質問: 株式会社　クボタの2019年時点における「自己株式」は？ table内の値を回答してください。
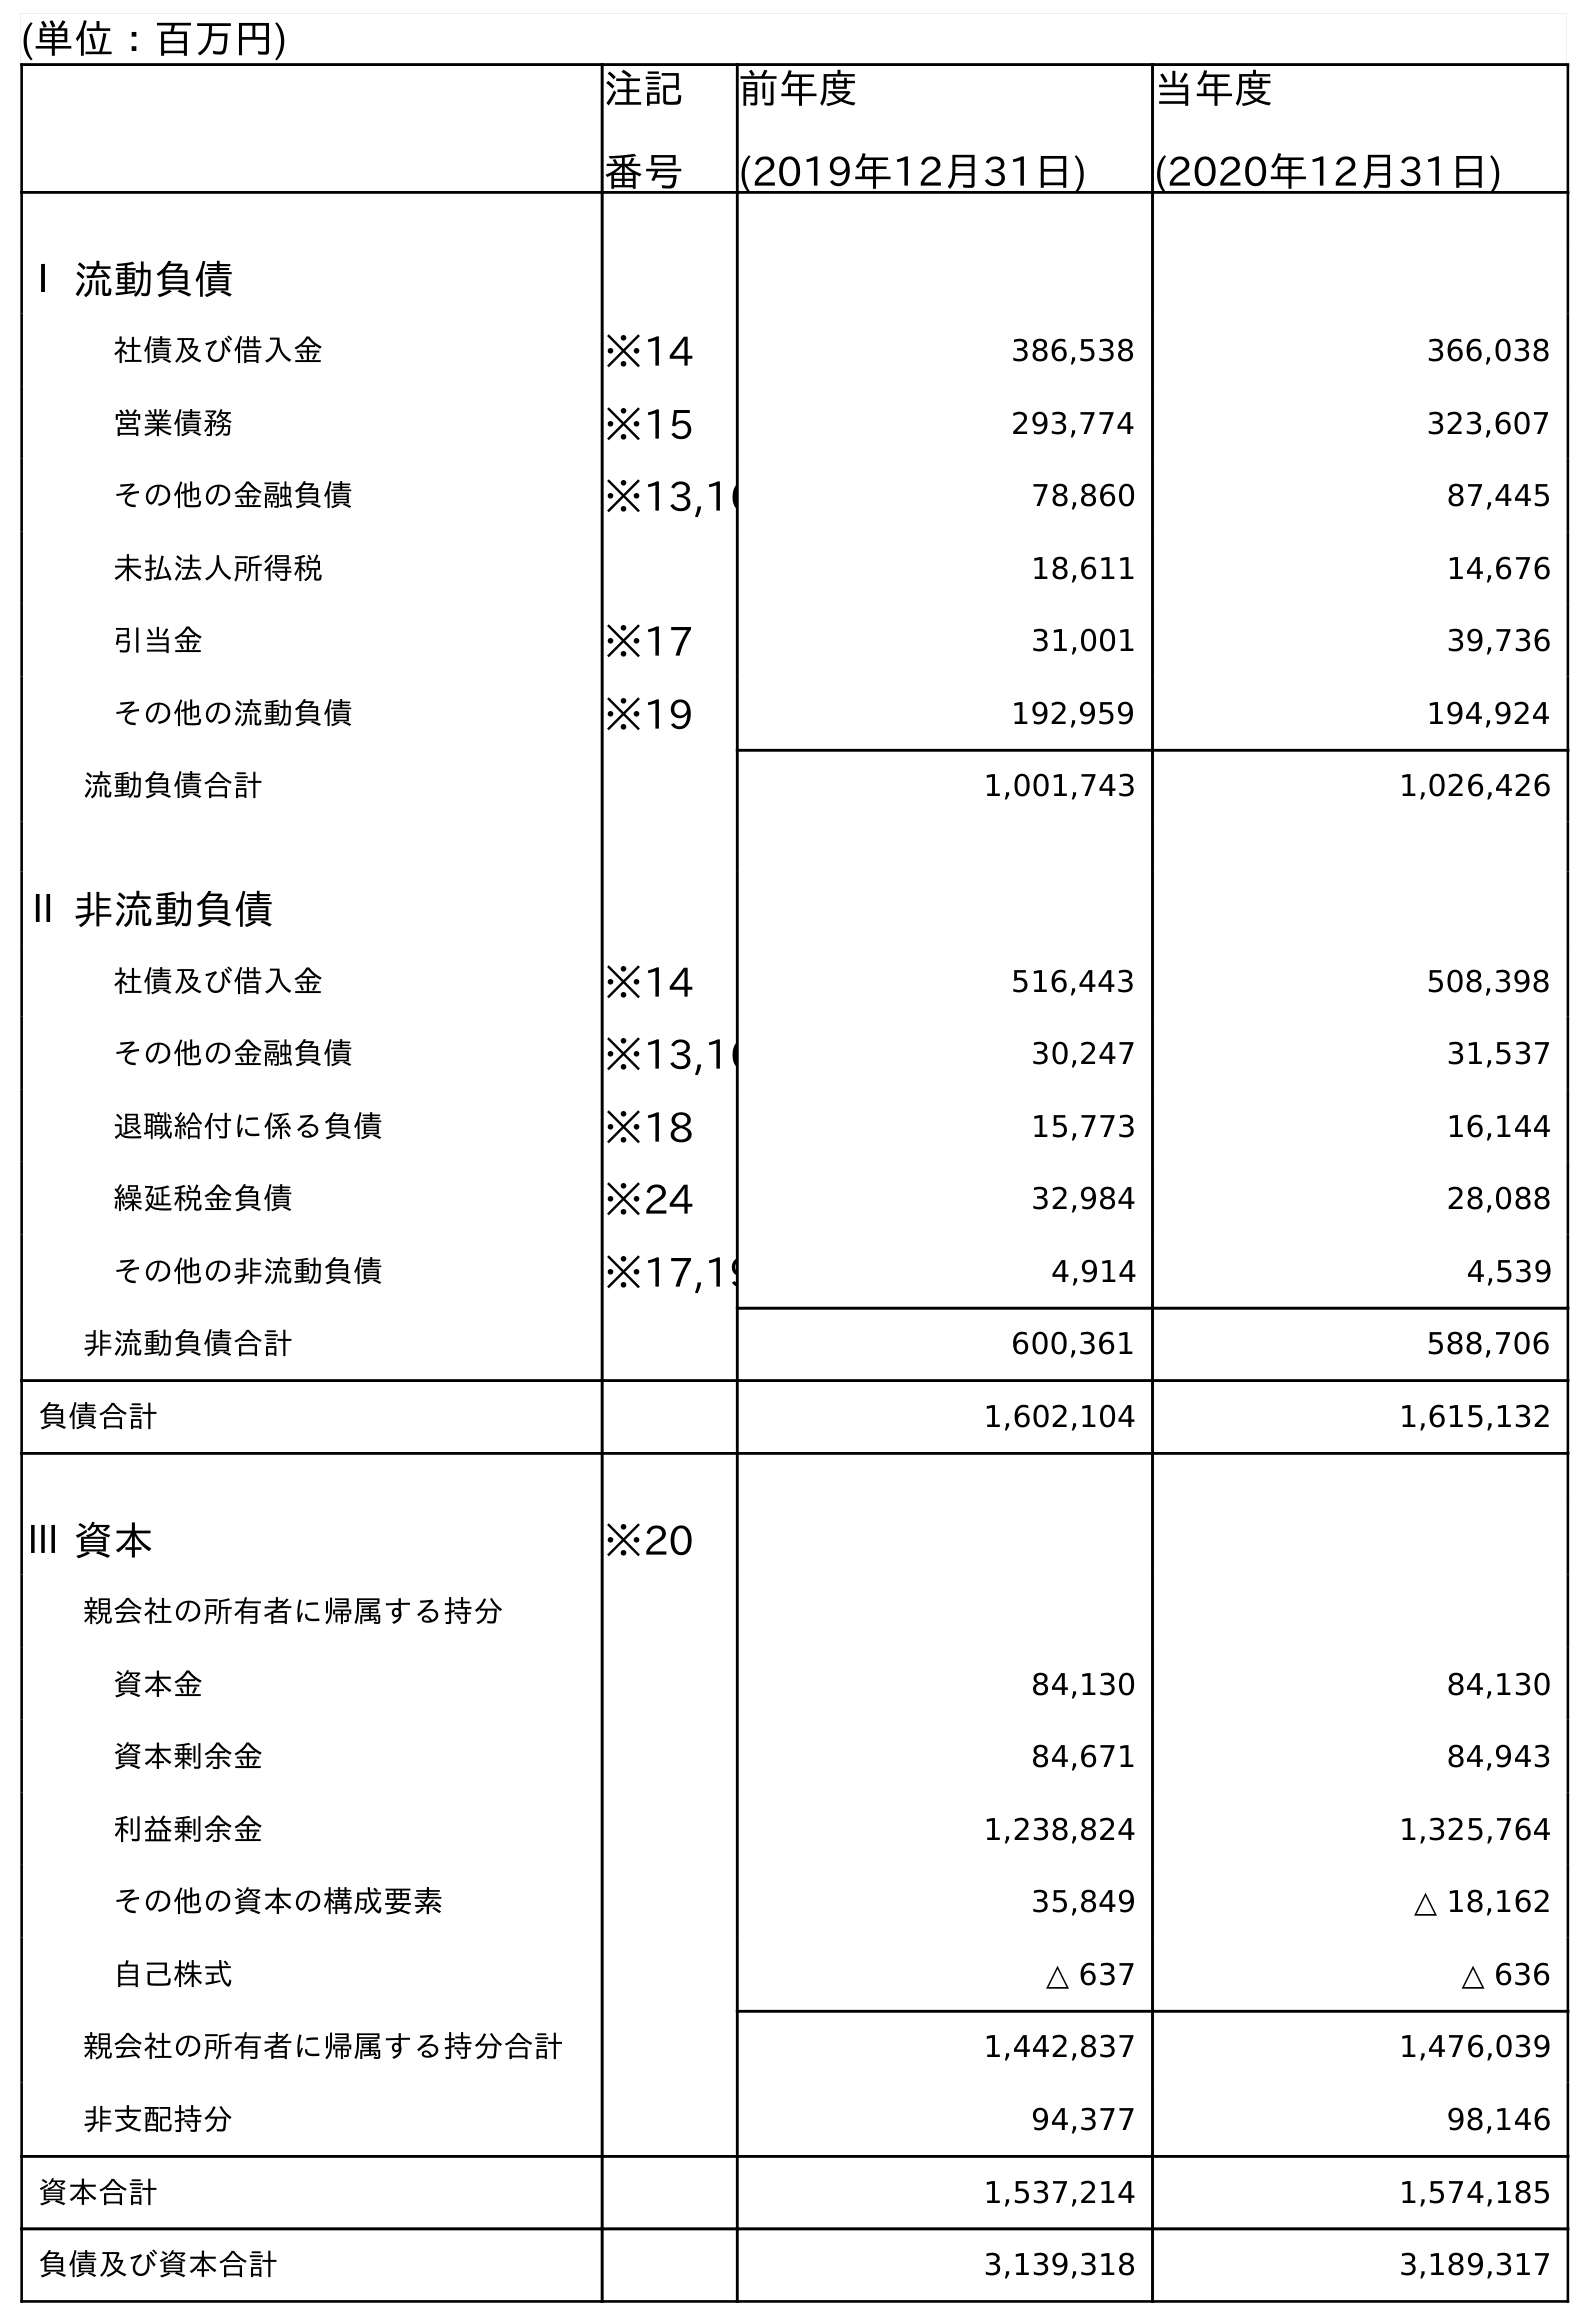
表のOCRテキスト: (単位：百万円) 注記 番号 前年度 (2019年12月31日) 当年度 (2020年12月31日) Ⅰ 流動負債 社債及び借入金 ※14 386,538 366,038 営業債務 ※15 293,774 323,607 その他の金融負債 ※13,16 78,860 87,445 未払法人所得税 18,611 14,676 引当金 ※17 31,001 39,736 その他の流動負債 ※19 192,959 194,924 流動負債合計 1,001,743 1,026,426 Ⅱ 非流動負債 社債及び借入金 ※14 516,443 508,398 その他の金融負債 ※13,16 30,247 31,537 退職給付に係る負債 ※18 15,773 16,144 繰延税金負債 ※24 32,984 28,088 その他の非流動負債 ※17,19 4,914 4,539 非流動負債合計 600,361 588,706 負債合計 1,602,104 1,615,132 Ⅲ 資本 ※20 親会社の所有者に帰属する持分 資本金 84,130 84,130 資本剰余金 84,671 84,943 利益剰余金 1,238,824 1,325,764 その他の資本の構成要素 35,849 △ 18,162 自己株式 △ 637 △ 636 親会社の所有者に帰属する持分合計 1,442,837 1,476,039 非支配持分 94,377 98,146 資本合計 1,537,214 1,574,185 負債及び資本合計 3,139,318 3,189,317
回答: △637